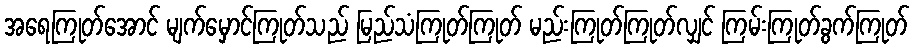
အရေကြုတ်အောင် မျက်မှောင်ကြုတ်သည် မြည်သံကြုတ်ကြုတ် မည်းကြုတ်ကြုတ်လျှင် ကြမ်းကြုတ်ခွက်ကြုတ်